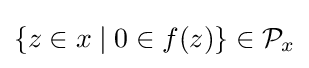
\{z\in x\mid 0\in f(z)\}\in {\mathcal {P}}_{x}